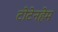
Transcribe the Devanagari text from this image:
टोटेनहेम